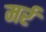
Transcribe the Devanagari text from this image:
मर्र